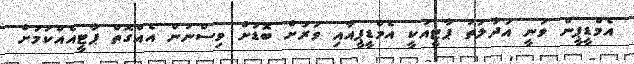
އެމްޑީޕީން ވަނީ އަދާލަތު ޕާޓީއަކީ އެމްޑީޕީއާއި ވަރަށް ބޮޑަށް ވިސްނުން އެއްގޮތް ޕާޓީއެއްކަމަށް